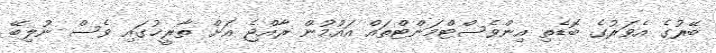
ބޭރުގެ އެވަރުގެ ބޮޑެތި އިންވެސްޓްމަންޓްތައް އައުމުން ރާއްޖެ އަށް ތާރީޚުގައި ވެސް ނުލިބޭ